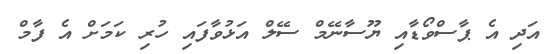
އަދި އެ ޕާސްވޯޑާއި ޔޫސާނޭމް ސޭލް އަޅުވާފައި ހުރި ކަމަށް އެ ފާމް